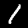
Digit: 1